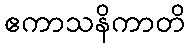
ဧကာသနိကာတိ